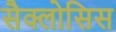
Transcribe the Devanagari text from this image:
सैक्लोसिस